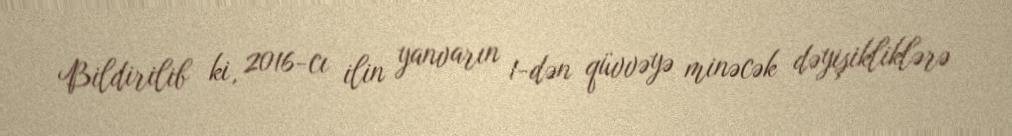
Bildirilib ki, 2016-cı ilin yanvarın 1-dən qüvvəyə minəcək dəyişikliklərə